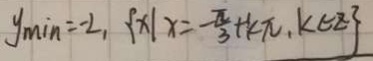
y _ { \min } = - 2 , \{ x \vert x = - \frac { \pi } { 3 } + k \pi , k \in z \}